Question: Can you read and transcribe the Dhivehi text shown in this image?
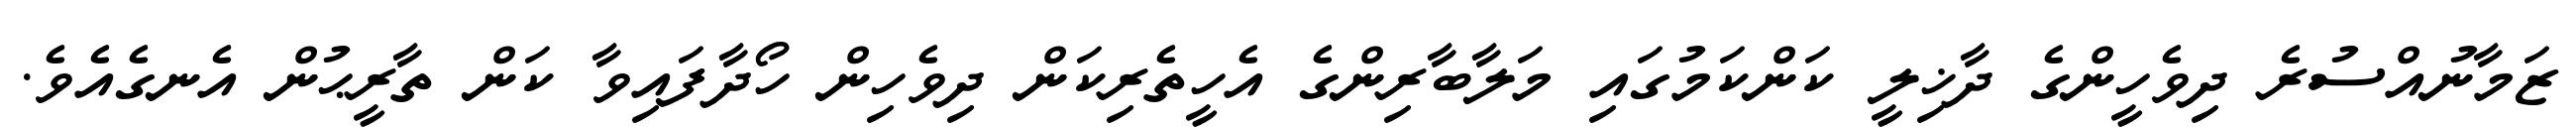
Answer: ޒަމާނުއްސުރެ ދިވެހީންގެ ދާޚިލީ ކަންކަމުގައި މަލާބާރިންގެ އެހީތެރިކަން ދިވެހިން ހޯދާފައިވާ ކަން ތާރީޙުން އެނގެއެވެ.